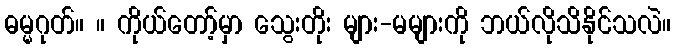
ဓမ္မဂုတ်။ ။ ကိုယ်တော့်မှာ သွေးတိုး များ-မများကို ဘယ်လိုသိနိုင်သလဲ။